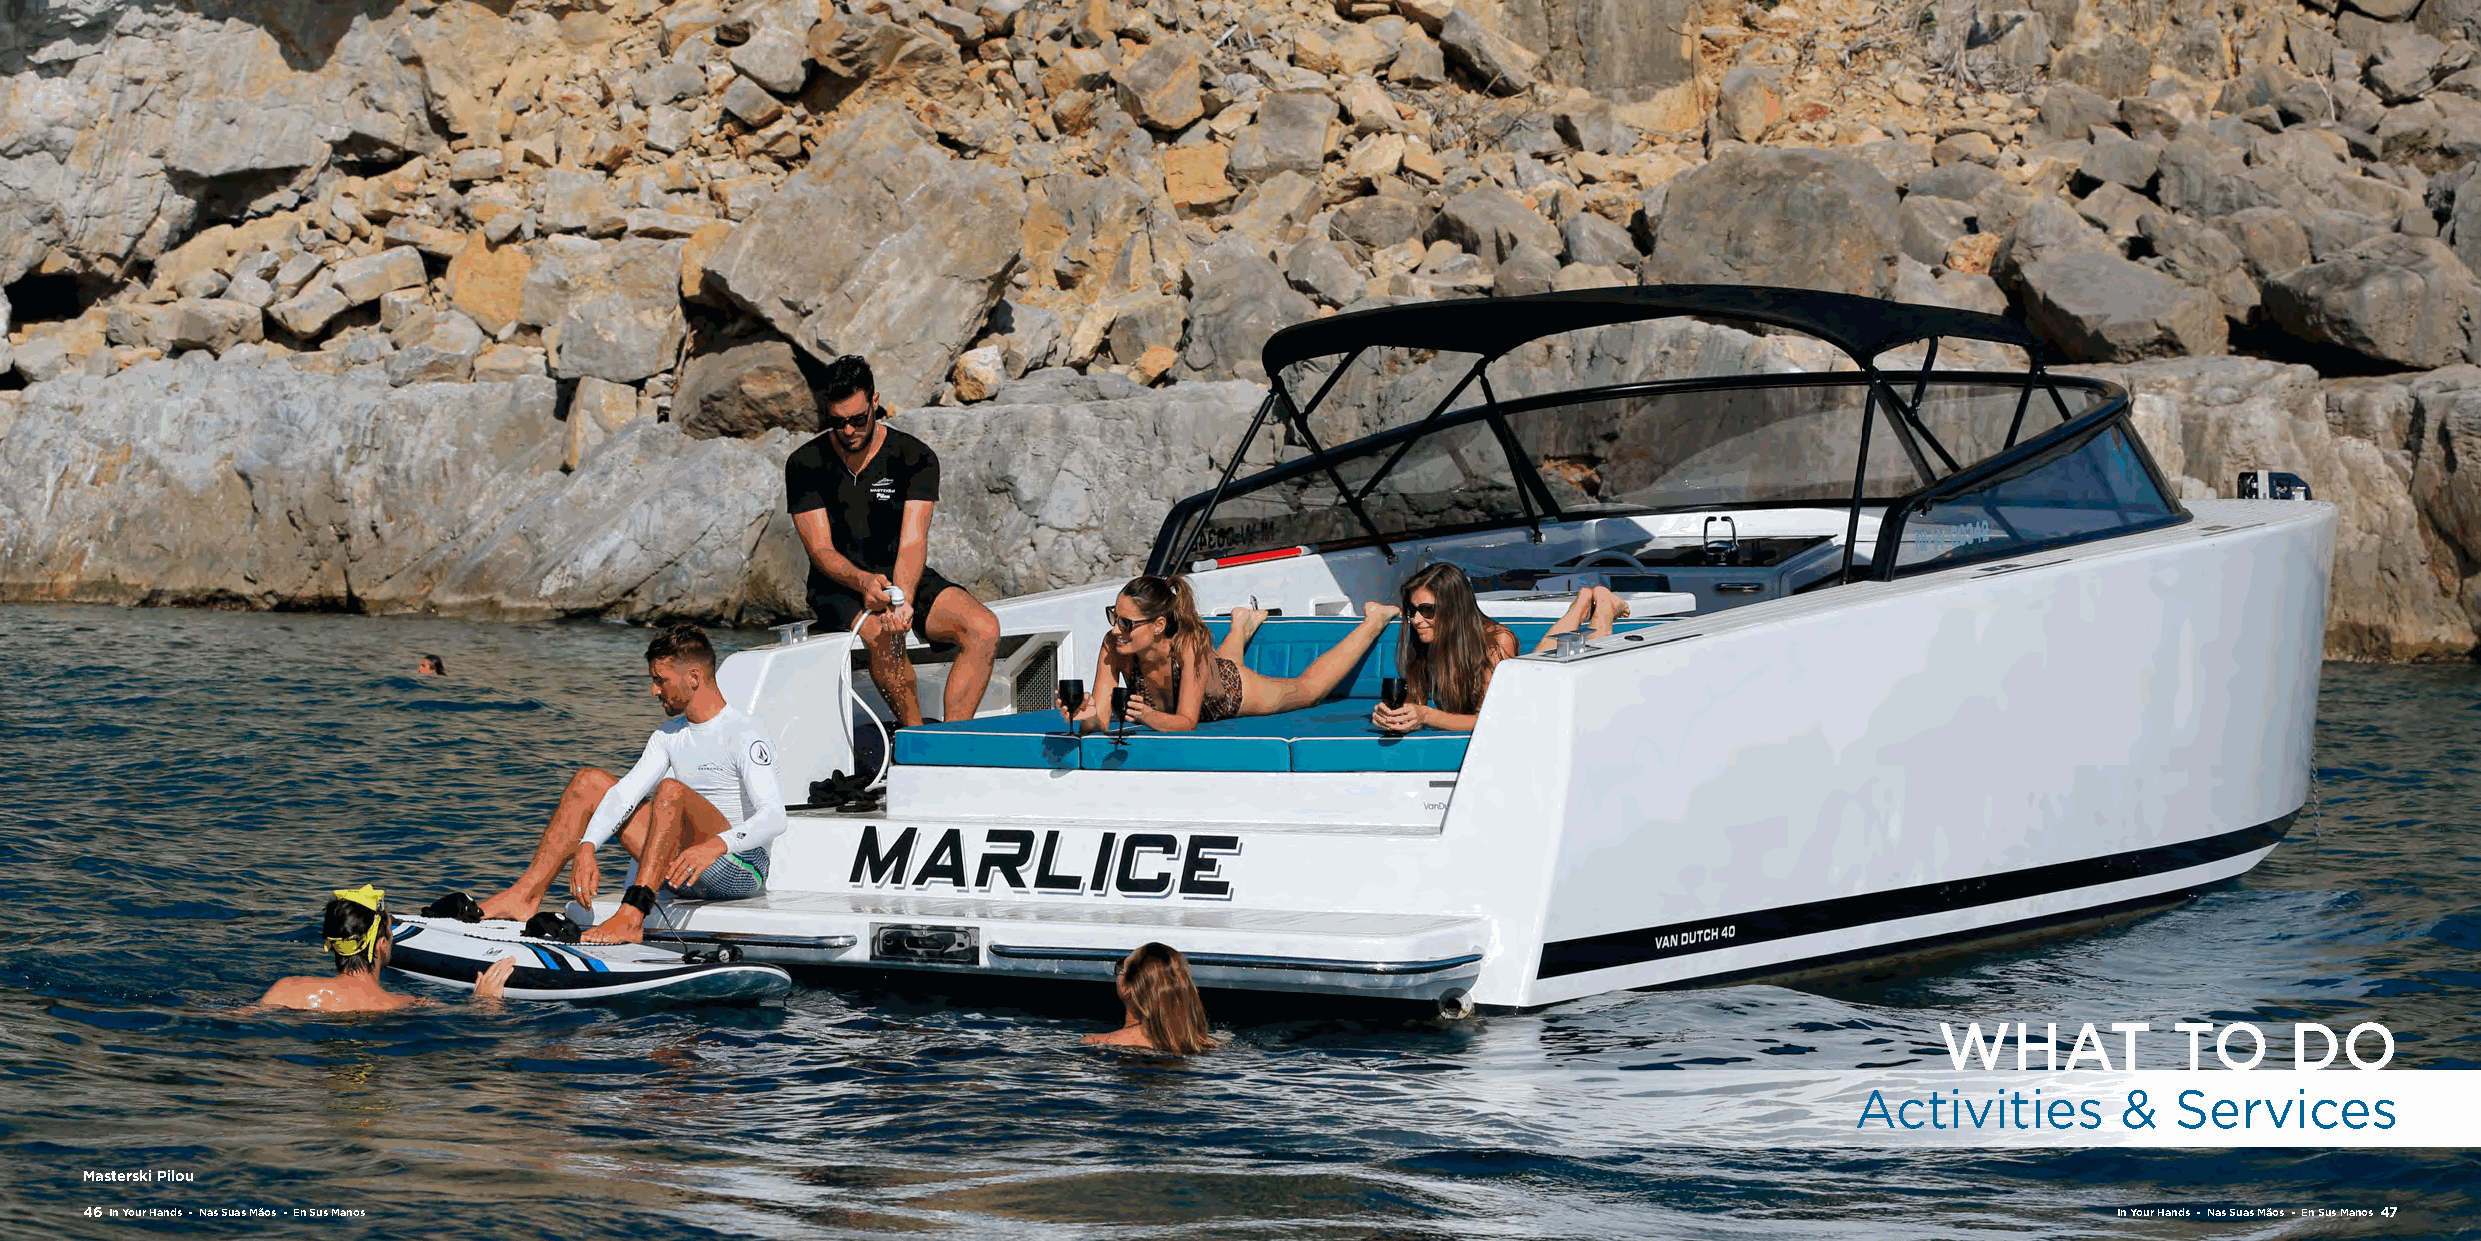
WHAT            TO      DO
 Activities       &   Services
 Masterski Pilou
 46 In Your Hands - Nas Suas Mãos - En Sus Manos                                                                                        In Your Hands - Nas Suas Mãos - En Sus Manos 47